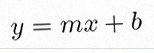
y=mx+b